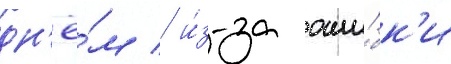
дн'ё́м / и́з-за оши́бк'и